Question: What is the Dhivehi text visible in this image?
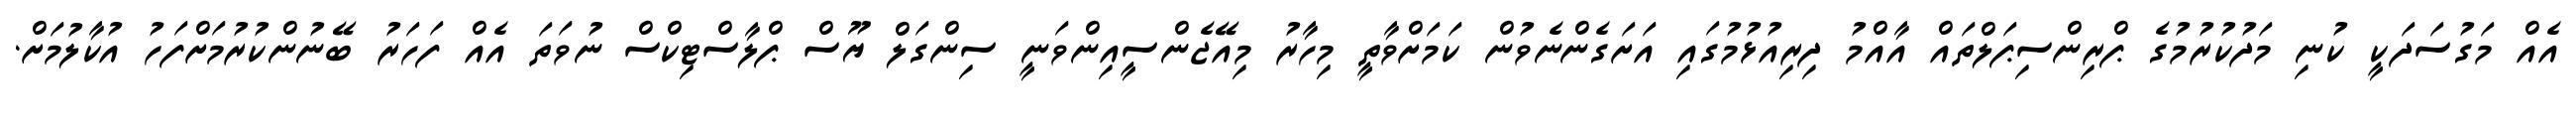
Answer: އެއް މަގުސަދަކީ ކުނި މަދުކުރުމުގެ ޕްރިންސިޕަލްތައް އާއްމު ދިރިއުޅުމުގައި އަށަގެންނެވުން ކަމަށްވާތީ މިހާރު މިއޭޖެންސީއިންވަނީ ސިންގަލް ޔޫސް ޕްލާސްޓިކްސް ނުވަތަ އެއް ފަހަރު ބޭނުންކުރުމަށްފަހު އުކާލުމަށް.